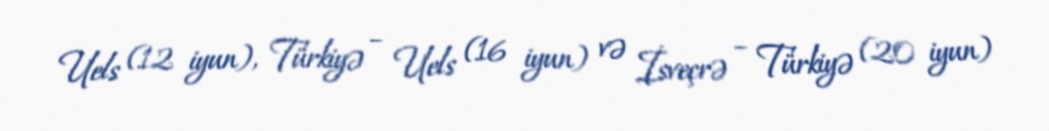
Uels (12 iyun), Türkiyə – Uels (16 iyun) və İsveçrə – Türkiyə (20 iyun)